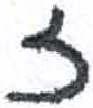
אות: ז